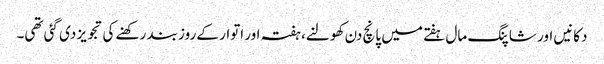
دکانیں اور شاپنگ مال ہفتے میں پانچ دن کھولنے، ہفتہ اور اتوار کے روز بند رکھنے کی تجویز دی گئی تھی۔